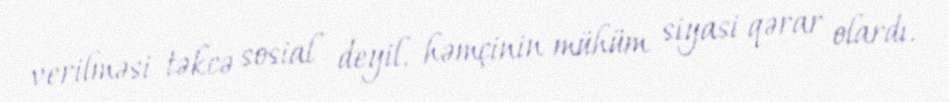
verilməsi təkcə sosial deyil, həmçinin mühüm siyasi qərar olardı.